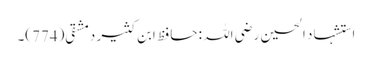
استشہاد الحسین رضی اللہ : حافظ ابن کثیر دمشقی(774)۔